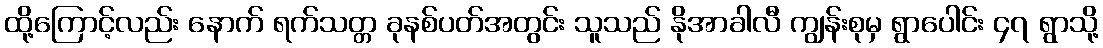
ထို့ကြောင့်လည်း နောက် ရက်သတ္တ ခုနစ်ပတ်အတွင်း သူသည် နိုအာခါလီ ကျွန်းစုမှ ရွာပေါင်း ၄၇ ရွာသို့